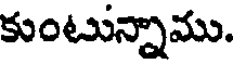
కుంటున్నాము.